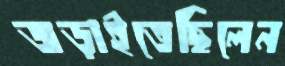
জড়াইতেছিলেন